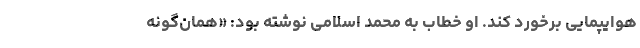
هوایپمایی برخورد کند. او خطاب به محمد اسلامی نوشته بود: «همان‌گونه